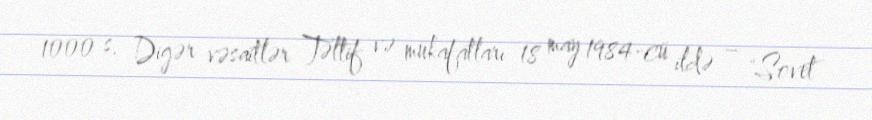
1000 s. Digər vəsaitlər Təltif və mükafatları 18 may 1984-cü ildə – "Sovet